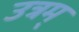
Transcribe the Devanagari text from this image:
उत्रम्